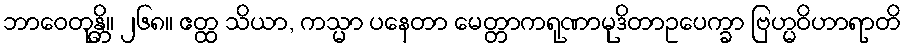
ဘာဝေတုန္တိ။ ၂၆၈။ ဧတ္ထ သိယာ, ကသ္မာ ပနေတာ မေတ္တာကရုဏာမုဒိတာဥပေက္ခာ ဗြဟ္မဝိဟာရာတိ